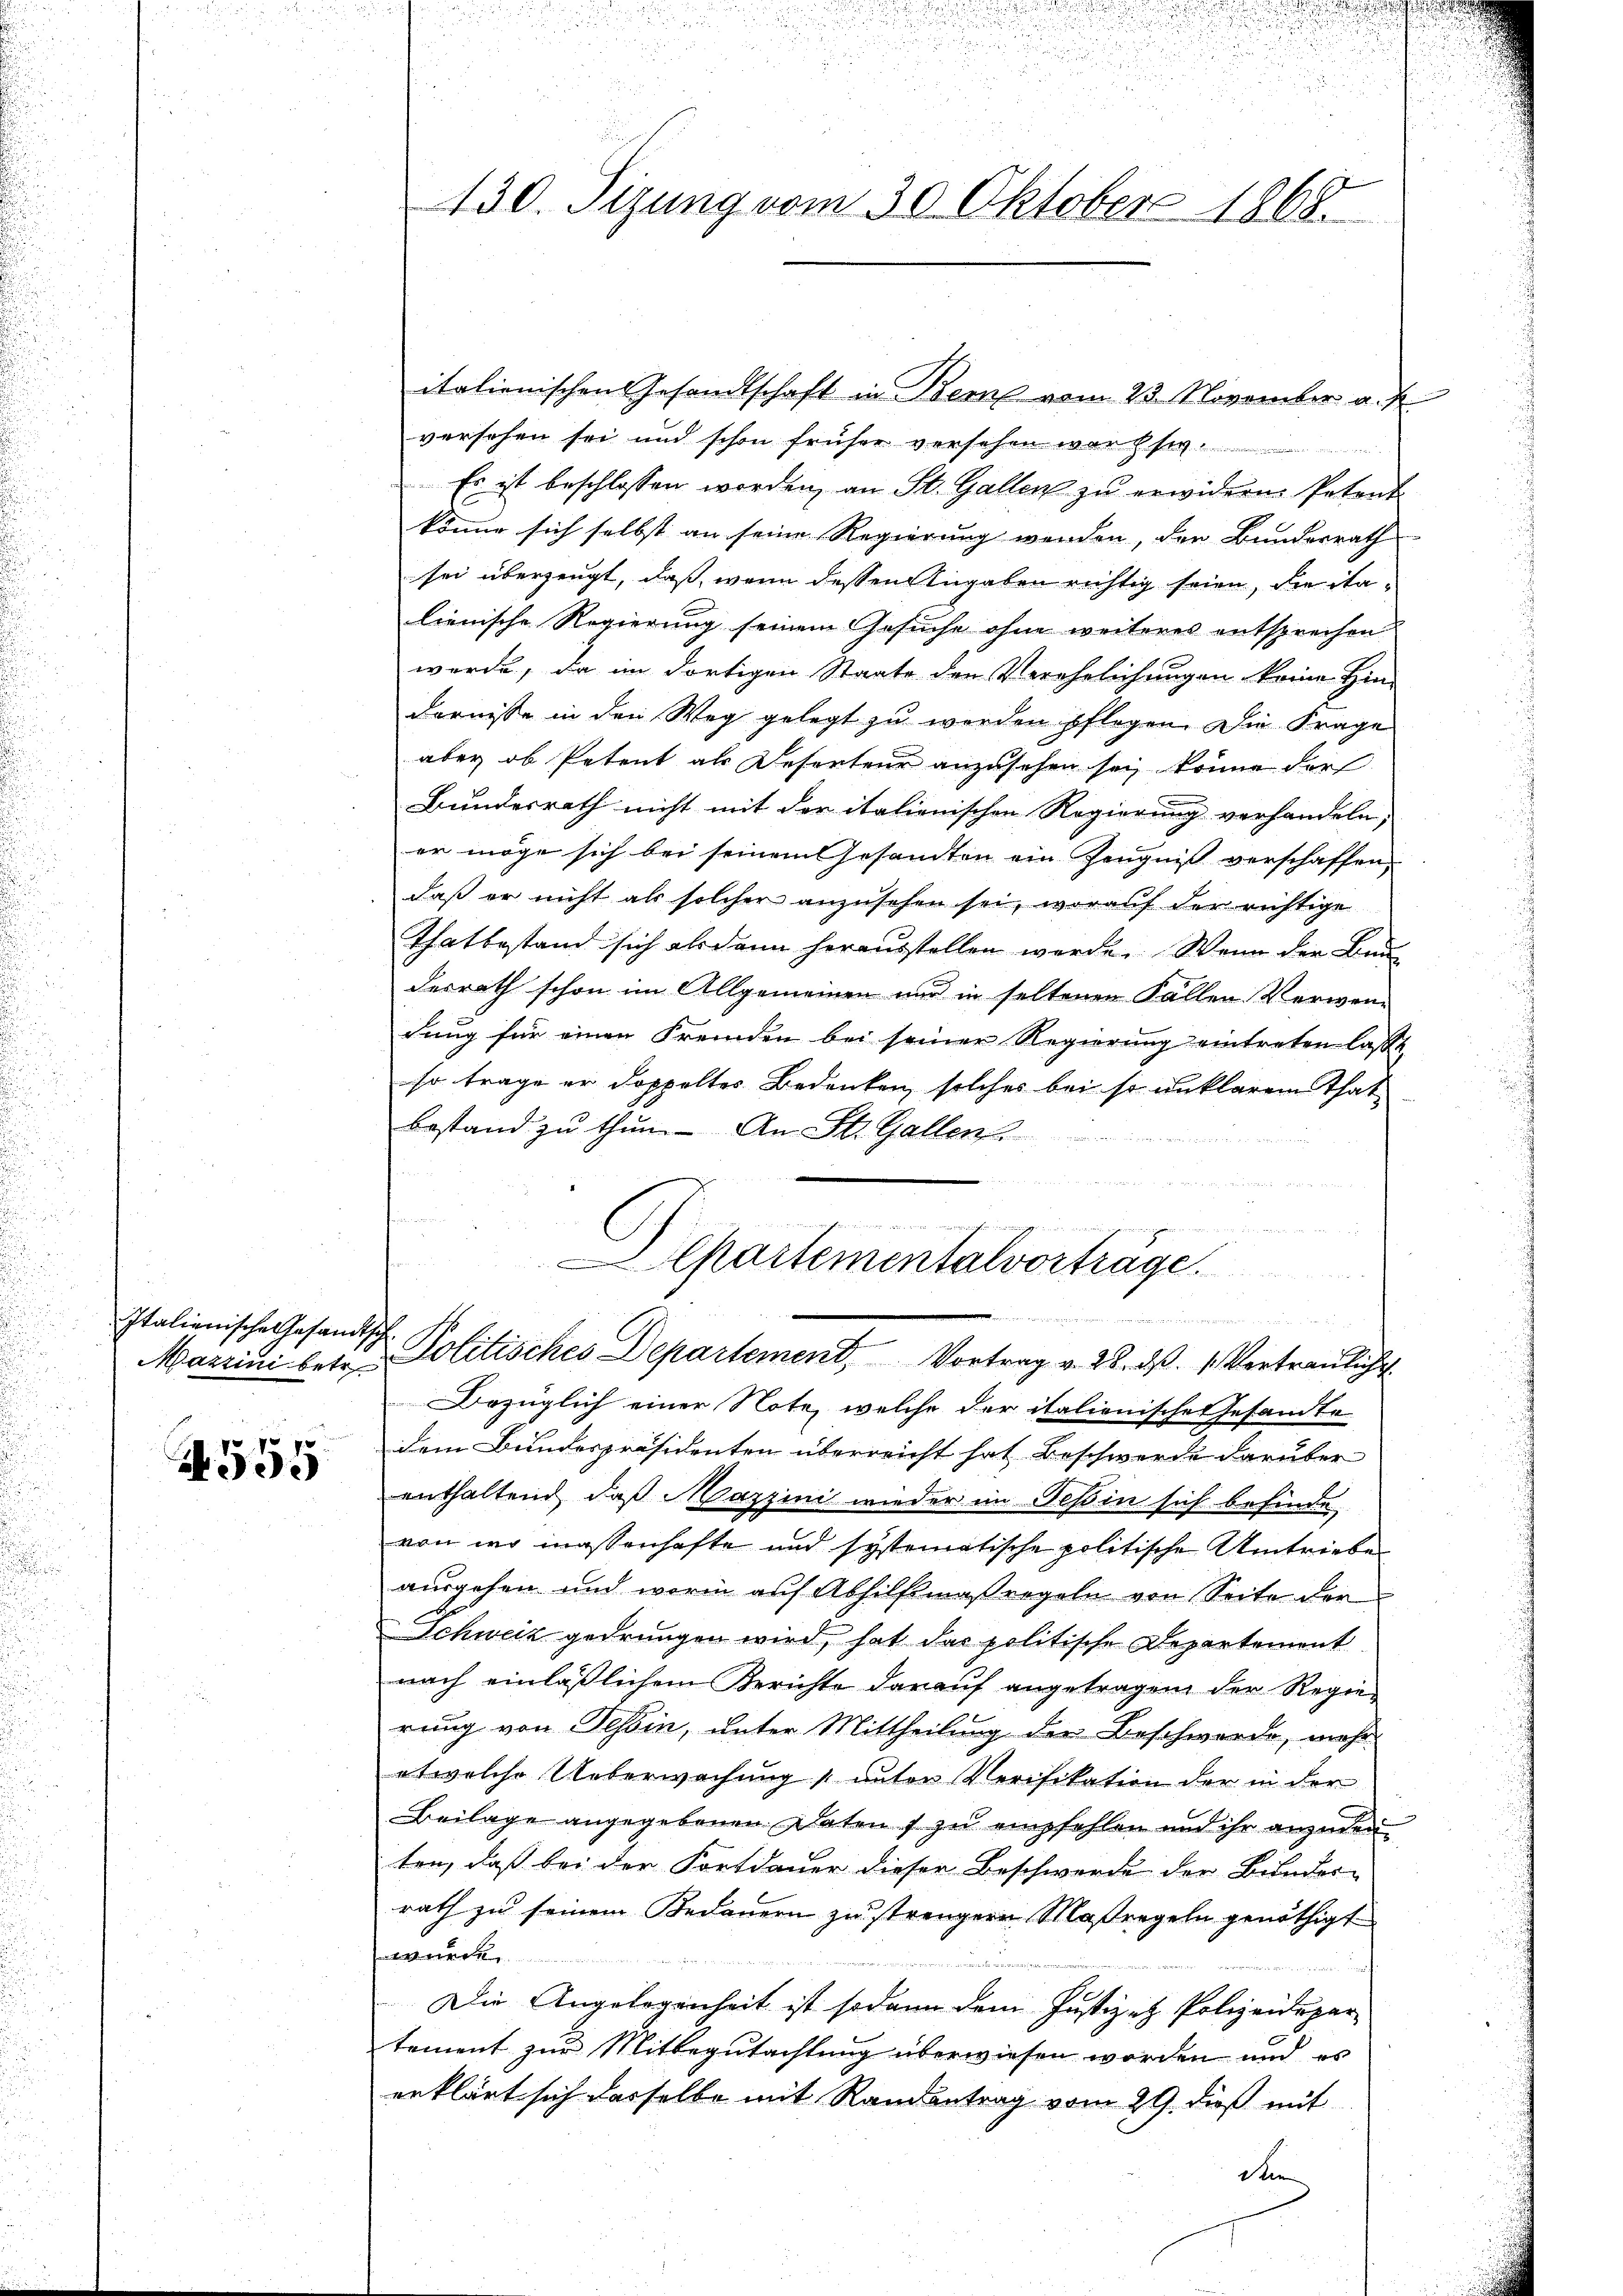
Italienisches Gesandtsch

A555

italienischen Gesandtschaft in Bern vom 23. November a. f.
versehen sei und schon früher versehen war sich
Es ist beschlossen worden, an St. Gallen zu erwidern. Petent
könne sich selbst an seine Regierung werden, den Bunderrath
sei überzeugt, daß, wenn dessen Angaben richtig seien, die italienische Regierung seinem Gesuche ohne weiteres entsprechen
werde, da im dortigen Staate den Verehelichungen keine Hin-
dernisse in den Weg gelegt zu werden pflegen. Die Frage
aber ob Petent als Deserteur anzusehen sei, könne der
Bundesrath nicht mit der italienischen Regierung verhandeln,
er möge sich bei seinem Gesandten ein Zeugniß verschaffen,
daß er nicht als solcher anzusehen sei, worauf der richtige
Thatbestand sich als dann herausstellen werde. Wenn der Bau
desrath schon im Allgemeinen und in seltenen Fällen Verwen-
dung für einen Fremden bei seiner Regierung eintreten lasst,
so trage er doppeltes Bedenken solches bei so unklarem Thatbestand zu thun. An St. Gallen

fine immer ein, wie errechen
rg eine an der verne
Departemensalvortrage

u
430. Sizung vom 30. Oktober 1868.

iindung
Magrini betr. Politisches Departement, Vortrag v. 28. d. 1. Vertraulicht

Bezüglich einer Note, welche der italionische Gesandte
dem Bundespräsidenten überreicht hat Beschwerde darüber
enthaltend, daß Mazzini wieder im Teßin sich befinde
von wo massenhafte und systematische politische Umtriebe
ausgehen und worin auf Abhilfsmaßregeln von Seite der
Schweiz gedrungen wird, hat das politische Departement
nach einläßlichem Berichte darauf angetragen der Regierung von Tessin, unter Mittheilung der Beschwerde, mehr
etwelche Ueberwachung unter Verifikation der in der
Beilage angegebenen Daten f zu empfehlen und ihr anzudeuten, daß bei der Fortdauer dieser Beschwerde der Bunder-
rath zu seinem Bedauern zu strengern Maßregeln genöthigt
wurden
Die Angelegenheit ist sodann dem Justizet Polizeidepar
tement zur Mitbegutachtung überwiesen worden und es
erklärt sich dasselbe mit Randantrag vom 29. dieß mit
den